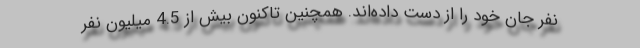
نفر جان خود را از دست داده‌اند. همچنین تاکنون بیش از 4.5 میلیون نفر